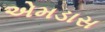
એમડાસ